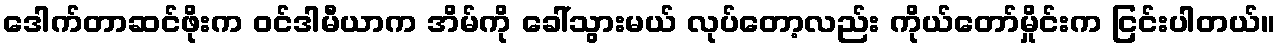
ဒေါက်တာဆင်ဖိုးက ဝင်ဒါမီယာက အိမ်ကို ခေါ်သွားမယ် လုပ်တော့လည်း ကိုယ်တော်မှိုင်းက ငြင်းပါတယ်။